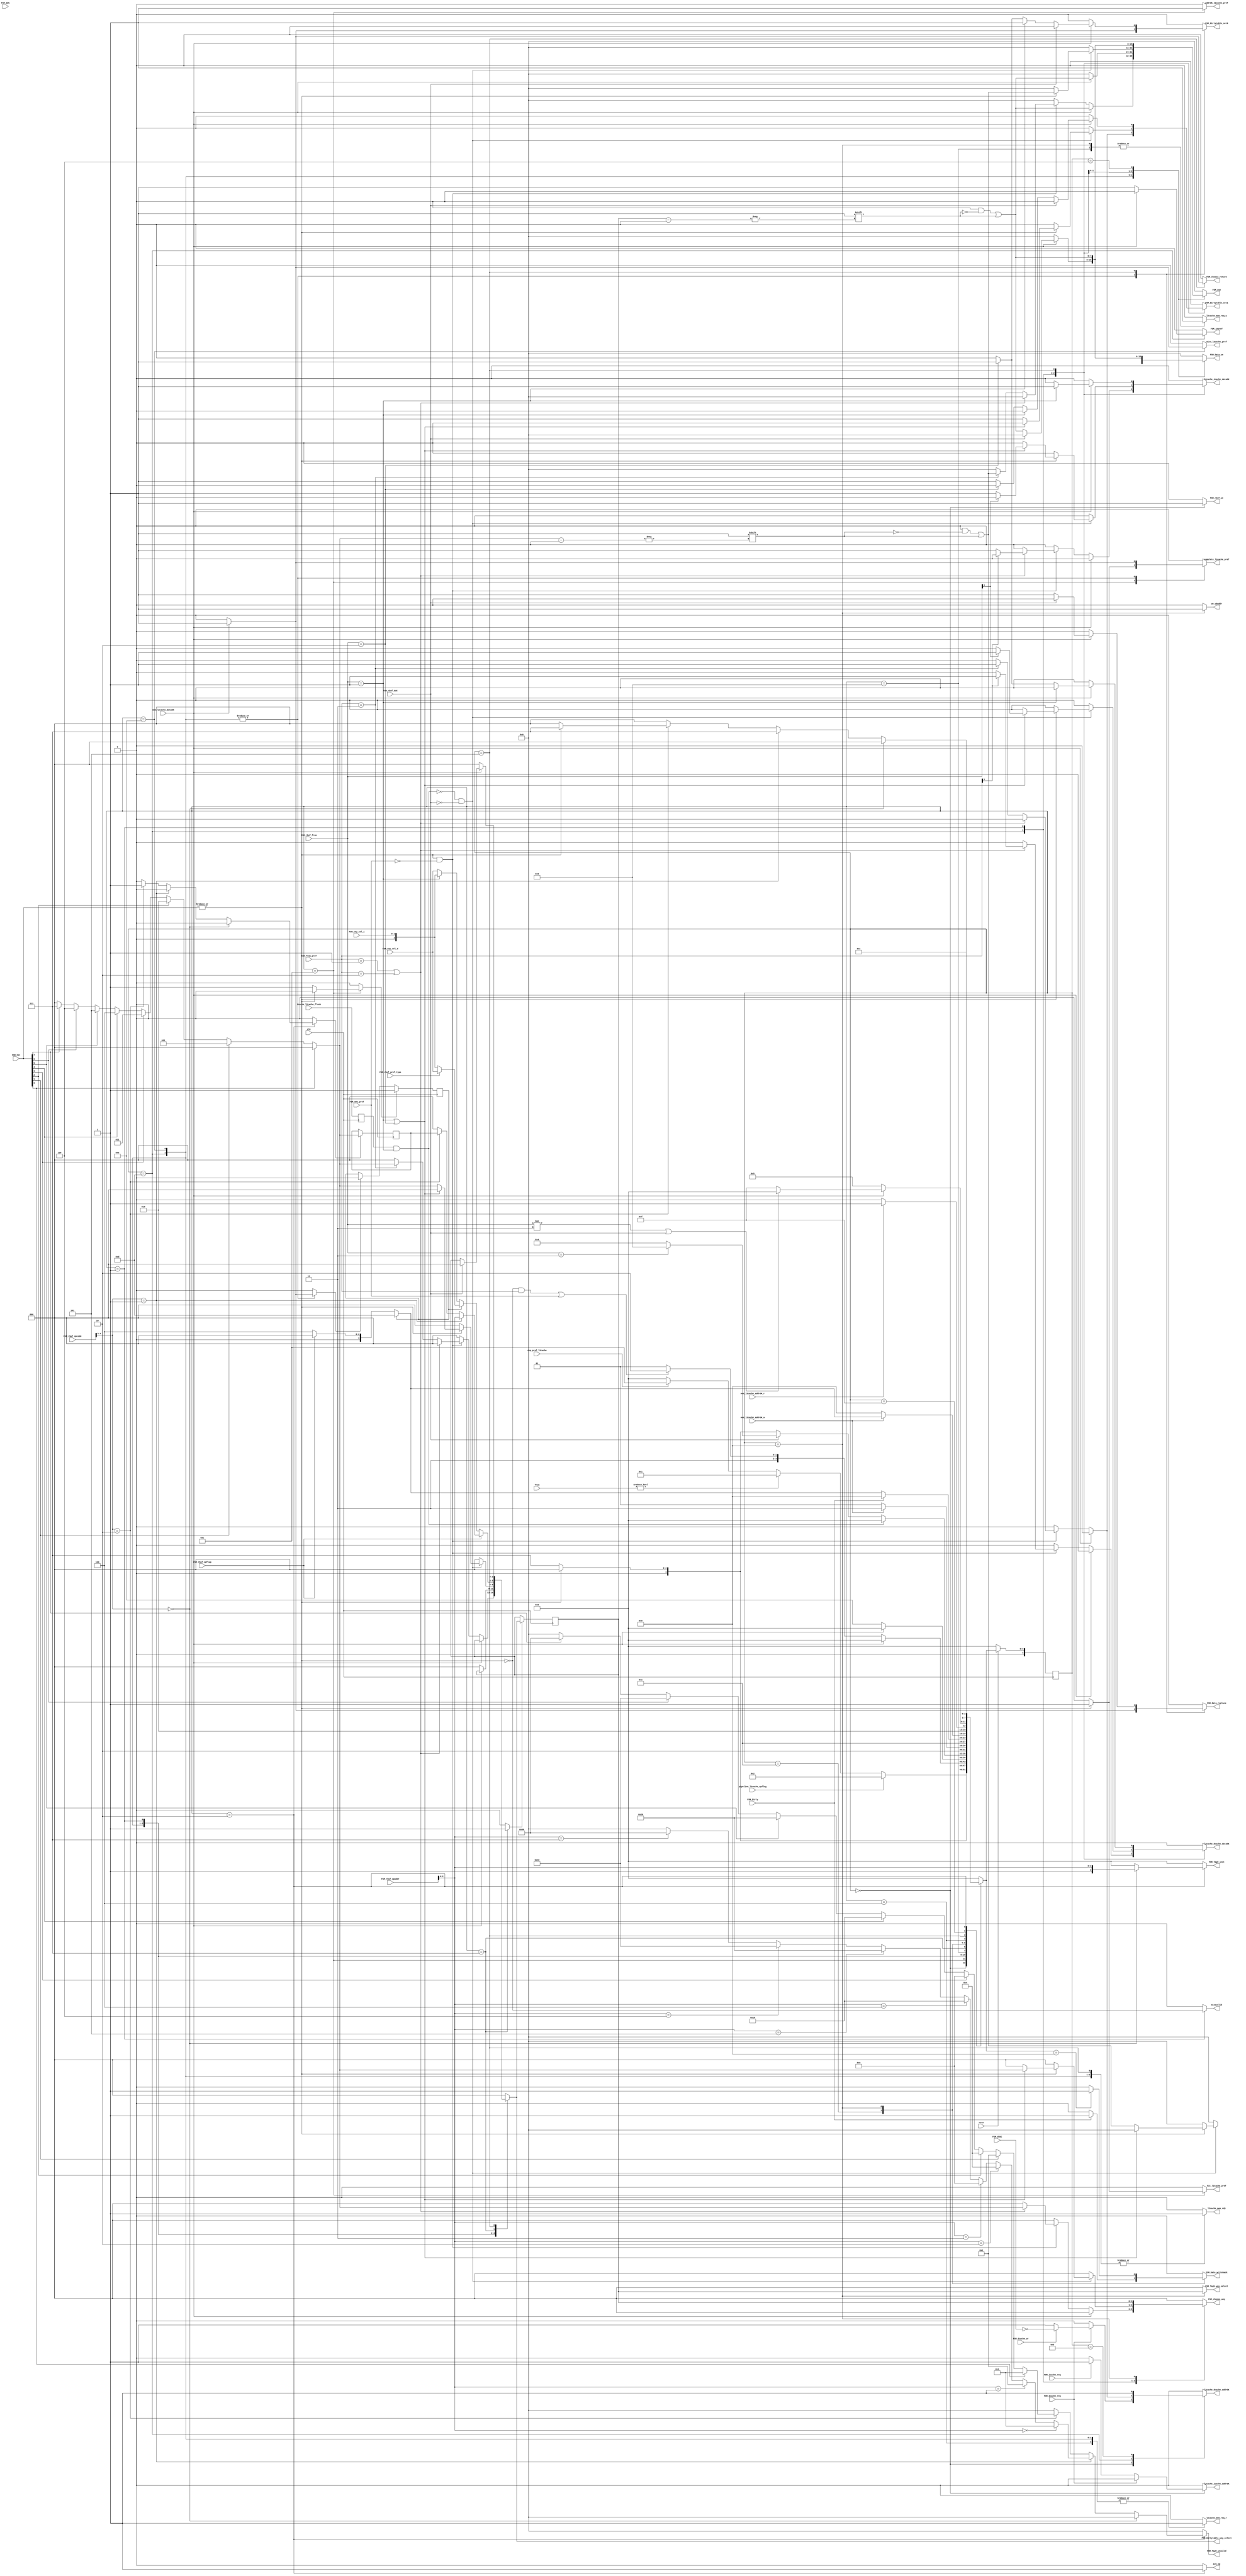
`timescale 1ns / 1ps
//////////////////////////////////////////////////////////////////////////////////
// Company: 
// Engineer: 
// 
// Design Name: 
// Module Name: L2cache_FSMmain
// Project Name: 
// Target Devices: 
// Tool Versions: 
// Description: 
// 
// Dependencies: 
// 
// Revision:
// Revision 0.01 - File Created
// Additional Comments:
// 
//////////////////////////////////////////////////////////////////////////////////

//
module L2cache_FSMmain#(
    parameter   index_width=8,
                offset_width=2,
                way=8
)
(
    input clk,rstn,

    //
    input       [1:0]from,
    input       pipeline_l2cache_opflag,
    output reg  ack_op,
    output reg  l2cache_icache_addrOK,
    output reg  l2cache_icache_dataOK,
    input       icache_l2cache_flush,
    output reg  l2cache_dcache_addrOK,
    output reg  l2cache_dcache_dataOK,

    output reg  l2cache_mem_req_w,
    output reg  l2cache_mem_req_r,
    output reg  l2cache_mem_rdy,//
    input       mem_l2cache_addrOK_w,
    input       mem_l2cache_addrOK_r,
    input       mem_l2cache_dataOK,

    //L2-prefetch port
    input       req_pref_l2cache,
    output reg  hit_l2cache_pref,
    output reg  miss_l2cache_pref,
    output reg  addrOK_l2cache_pref,
    output reg  complete_l2cache_pref,
    output reg  missvalid,

    //

    //reqbuf
    output reg  FSM_rbuf_we,
    input       [1:0]FSM_rbuf_from,
    input       [31:0]FSM_rbuf_opcode,
    input       [31:0]FSM_rbuf_opaddr,
    input       FSM_rbuf_SUC,
    input       FSM_rbuf_opflag,
    input       [1:0]FSM_from_pref,
    input       FSM_rbuf_pref_type,
    input       FSM_SUC_pref,

    input       FSM_SUC,
    input       FSM_dSUC,
    input       FSM_dcache_req,
    input       FSM_dcache_wr,
    input       FSM_icache_req,

    output reg  we_wbaddr,
    
    //PLRU
    output reg  [way-1:0]FSM_use,
    input       [2:0]FSM_way_sel_d,
    input       [1:0]FSM_way_sel_i,

    //Data TagV
    input       [way-1:0]FSM_hit,
    output reg  [way-1:0]FSM_Data_we,
    output reg  [way-1:0]FSM_TagV_unvalid,
    output reg  FSM_Data_replace,
    output reg  [2:0]FSM_TagV_way_select,
    output reg  FSM_Data_writeback,
    output reg  [3:0]FSM_TagV_init,

    //Dirtytable
    input       FSM_Dirty,
    output reg  [2:0]FSM_Dirtytable_way_select,
    output reg  FSM_Dirtytable_set1,FSM_Dirtytable_set0,

    //Data Choose
    output reg  FSM_inpref,
    output reg  [2:0]FSM_choose_way,
    output reg  FSM_choose_return
    );
wire opflag=pipeline_l2cache_opflag;
wire Hit = |FSM_hit;
reg [4:0]state;
reg [4:0]next_state;
reg flush;
always @(posedge clk) begin
    flush <= icache_l2cache_flush;//
end
reg FSM_rbuf_prefetch;
reg inpref,outpref;
always @(posedge clk) begin
    if(inpref)FSM_rbuf_prefetch <= 1;
    else if(outpref)FSM_rbuf_prefetch <= 0;
end
localparam Idle=5'd0,Lookup=5'd1,Operation=5'd2,send=5'd3,replace1=5'd4,replace2=5'd5,replace_write=5'd6;
localparam checkDirty=5'd7,writeback=5'd8,SUC_w=5'd9,checkDirty1=5'd10,SUC_w1=5'd11;
localparam prefetch_check=5'd12,prefetch_wait=5'd13,prefetch_wait_miss=5'd14;
localparam replace_write1=5'd15;
always @(posedge clk)begin
    if(!rstn)state<=0;
    else state<=next_state;
end
always @(*) begin
    next_state = 0; 
    case (state)
        Idle:begin
            if(opflag)next_state = Operation;
            else if(from)next_state = Lookup;
            else if(req_pref_l2cache)next_state = prefetch_check;
            else next_state = Idle;
        end 
        prefetch_check:begin
            if(Hit)next_state = Idle;
            else next_state = checkDirty;
        end
        prefetch_wait:begin
            if(mem_l2cache_dataOK)next_state = Idle;
            else if((~Hit&&FSM_from_pref) || FSM_SUC_pref)next_state = prefetch_wait_miss;
            else next_state = prefetch_wait;
        end
        prefetch_wait_miss:begin
            if(mem_l2cache_dataOK)next_state = Idle;
            else next_state = prefetch_wait_miss;
        end
        Lookup:begin
            if(flush && FSM_rbuf_from == 2'b01)next_state = Idle;
            else if(FSM_rbuf_SUC)begin
                if(FSM_rbuf_from == 2'b11)next_state = SUC_w;
                else next_state = replace1;
            end
            else begin
                if(~Hit)next_state = checkDirty;
                else begin
                    next_state = Idle;
                end
            end
        end
        SUC_w:begin
            if(!mem_l2cache_addrOK_w)next_state = SUC_w;
            else next_state = SUC_w1;
        end
        SUC_w1:begin
            next_state = Idle;
        end
        checkDirty:begin
            next_state = checkDirty1;
        end
        checkDirty1:begin
            // if(FSM_rbuf_prefetch)begin
            //     if(FSM_Dirty)next_state = Idle;//
            //     else next_state = prefetch_wait;
            // end
            // else begin//
                if(FSM_Dirty)begin
                    next_state = writeback;
                end
                else begin
                    if(FSM_rbuf_prefetch)next_state = prefetch_wait;
                    else if(!FSM_rbuf_opflag)next_state = replace1;
                    else next_state = Idle;
                end
            // end
        end
        writeback:begin
            if(!mem_l2cache_addrOK_w)next_state = writeback;
            else begin
                if(FSM_rbuf_prefetch)next_state = prefetch_wait;
                else if(!FSM_rbuf_opflag)next_state = replace1;
                else next_state = Idle;//
            end
        end
        replace1:begin
            // if(FSM_rbuf_prefetch)next_state = prefetch_wait;
            if(mem_l2cache_addrOK_r)next_state = replace2;
            else next_state = replace1;
        end
        replace2:begin
            if(mem_l2cache_dataOK)begin
                if(FSM_rbuf_from != 2'b11 || FSM_rbuf_SUC)begin//
                    next_state = Idle;
                end
                else begin//
                    next_state = replace_write1;
                end
            end
            else next_state = replace2;
        end
        replace_write1:begin
            next_state = replace_write;
        end
        replace_write:begin
            next_state = Idle;
        end
        Operation:begin
            if(FSM_rbuf_opcode[4:3] == 2'd0)begin//Tagvalid
                next_state = Idle;
            end
            else if(FSM_rbuf_opcode[4:3] == 2'd1)begin//valid
                next_state = checkDirty;
            end
            else if(FSM_rbuf_opcode[4:3] == 2'd2)begin//
                if(~Hit)next_state = Idle;
                else next_state = checkDirty;
            end
        end
        default:next_state = Idle;
    endcase
end
reg [2:0]sel;
reg we_sel;
always @(posedge clk) begin
    if(we_sel)begin
        sel <= FSM_Dirtytable_way_select;
    end
end
reg hit_record_we;
reg [2:0]hit_record;
reg [2:0]hit_pos;
always @(*) begin
    if(FSM_hit[0])hit_pos = 3'd0;
    else if(FSM_hit[1])hit_pos = 3'd1;
    else if(FSM_hit[2])hit_pos = 3'd2;
    else if(FSM_hit[3])hit_pos = 3'd3;
    else if(FSM_hit[4])hit_pos = 3'd4;
    else if(FSM_hit[5])hit_pos = 3'd5;
    else if(FSM_hit[6])hit_pos = 3'd6;
    else if(FSM_hit[7])hit_pos = 3'd7;
    else hit_pos = 3'd0;
end
always @(posedge clk) begin
    if(hit_record_we)begin
        hit_record <= hit_pos;
    end
end
always @(*) begin
    l2cache_icache_addrOK = 0;
    l2cache_icache_dataOK = 0;
    l2cache_dcache_addrOK = 0;
    l2cache_dcache_dataOK = 0;
    l2cache_mem_req_w = 0;
    l2cache_mem_req_r = 0;
    l2cache_mem_rdy = 0;
    FSM_TagV_way_select = 0;
    FSM_rbuf_we = 0;
    FSM_use = 0;
    FSM_Data_we = 0;
    FSM_Data_replace = 0;
    FSM_Data_writeback = 0;
    FSM_Dirtytable_way_select = 0;
    FSM_Dirtytable_set0 = 0;
    FSM_Dirtytable_set1 = 0;
    FSM_choose_way = 0;
    FSM_choose_return = 0;
    FSM_TagV_init = 0;
    hit_record_we = 0;
    FSM_TagV_unvalid = 0;
    ack_op = 0;
    hit_l2cache_pref = 0;
    complete_l2cache_pref = 0;
    addrOK_l2cache_pref = 0;
    FSM_inpref = 0;
    miss_l2cache_pref = 0;
    we_sel = 0;
    inpref = 0;
    outpref = 0;
    missvalid = 0;
    we_wbaddr = 0;
    case (state)//
        Idle:begin
            FSM_rbuf_we = 1;
            if(FSM_dcache_req)begin
                if(!FSM_dcache_wr)l2cache_dcache_addrOK = 1;//
                else l2cache_dcache_addrOK = ~ FSM_dSUC;//addrOK
            end
            else if(FSM_icache_req)begin
                l2cache_icache_addrOK = 1;
            end
        end
        Operation:begin
            ack_op = 1;
            if(FSM_rbuf_opcode[4:3] == 2'd0)begin//Tagvalid
                FSM_TagV_init = {1'b1,FSM_rbuf_opaddr[2:0]};
            end
            else if(FSM_rbuf_opcode[4:3] == 2'd1)begin
                if(FSM_rbuf_opaddr[2:0] == 3'd0)FSM_TagV_unvalid = 8'b00000001;
                else if(FSM_rbuf_opaddr[2:0] == 3'd1)FSM_TagV_unvalid = 8'b00000010;
                else if(FSM_rbuf_opaddr[2:0] == 3'd2)FSM_TagV_unvalid = 8'b00000100;
                else if(FSM_rbuf_opaddr[2:0] == 3'd3)FSM_TagV_unvalid = 8'b00001000;
                else if(FSM_rbuf_opaddr[2:0] == 3'd4)FSM_TagV_unvalid = 8'b00010000;
                else if(FSM_rbuf_opaddr[2:0] == 3'd5)FSM_TagV_unvalid = 8'b00100000;
                else if(FSM_rbuf_opaddr[2:0] == 3'd6)FSM_TagV_unvalid = 8'b01000000;
                else if(FSM_rbuf_opaddr[2:0] == 3'd7)FSM_TagV_unvalid = 8'b10000000;
            end
            else if(FSM_rbuf_opcode[4:3] == 2'd2)begin
                hit_record_we = 1;
                if(FSM_hit[0])FSM_TagV_unvalid = 8'b00000001;
                else if(FSM_hit[1])FSM_TagV_unvalid = 8'b00000010;
                else if(FSM_hit[2])FSM_TagV_unvalid = 8'b00000100;
                else if(FSM_hit[3])FSM_TagV_unvalid = 8'b00001000;
                else if(FSM_hit[4])FSM_TagV_unvalid = 8'b00010000;
                else if(FSM_hit[5])FSM_TagV_unvalid = 8'b00100000;
                else if(FSM_hit[6])FSM_TagV_unvalid = 8'b01000000;
                else if(FSM_hit[7])FSM_TagV_unvalid = 8'b10000000;
            end
        end
        prefetch_check:begin
            addrOK_l2cache_pref = 1;
            if(Hit)begin
                hit_l2cache_pref = 1;
                complete_l2cache_pref = 1;
            end
            else begin
                inpref = 1;
            end
        end
        prefetch_wait:begin//wait and req for l1
            l2cache_mem_req_r = 1;
            l2cache_mem_rdy = 1;
            if(mem_l2cache_dataOK)begin
                complete_l2cache_pref = 1;
                outpref = 1;
                miss_l2cache_pref = 0;
                FSM_Data_replace = 1;
                FSM_use[sel] = 1;
                FSM_Data_we[sel] = 1;
                FSM_Dirtytable_way_select = sel;
                FSM_Dirtytable_set0 = 1;
            end
            else begin//req for L1
                FSM_inpref = 1;
                if(Hit && ! FSM_SUC_pref)begin
                    if(FSM_from_pref == 2'b01 || FSM_from_pref == 2'b10)begin
                        FSM_choose_way = hit_pos;
                        if(FSM_from_pref[1])l2cache_dcache_dataOK =1;
                        else l2cache_icache_dataOK = 1;
                    end
                    else if(FSM_from_pref == 2'b11)begin
                        l2cache_dcache_addrOK = 1;
                        FSM_Dirtytable_set1 = 1;
                        FSM_use[hit_pos] = 1;
                        FSM_Data_we[hit_pos] = 1;
                        FSM_Dirtytable_way_select = hit_pos;
                    end
                end
            end
        end
        prefetch_wait_miss:begin
            l2cache_mem_req_r = 1;
            l2cache_mem_rdy = 1;
            if(mem_l2cache_dataOK)begin
                outpref = 1;
                complete_l2cache_pref = 1;
                miss_l2cache_pref = 1;
                FSM_Data_replace = 1;
                FSM_use[sel] = 1;
                FSM_Data_we[sel] = 1;
                FSM_Dirtytable_way_select = sel;
                FSM_Dirtytable_set0 = 1;
            end
        end
        SUC_w:begin
            l2cache_mem_req_w = 1;
        end
        SUC_w1:begin
            l2cache_dcache_addrOK = 1;//addrOK
        end
        Lookup:begin
            missvalid = ~Hit;
            if(!(FSM_rbuf_from == 2'b01 && flush) && !FSM_rbuf_SUC)begin
            if(Hit)begin
                if(FSM_rbuf_from == 2'b01 || FSM_rbuf_from == 2'b10)begin//
                    FSM_use[hit_pos] = 1;
                    FSM_choose_way = hit_pos;
                    if(FSM_rbuf_from[1])l2cache_dcache_dataOK =1;
                    else l2cache_icache_dataOK = 1;
                end
                else begin//
                    FSM_Dirtytable_set1 = 1;
                    FSM_use[hit_pos] = 1;
                    FSM_Data_we[hit_pos] = 1;
                    FSM_Dirtytable_way_select = hit_pos;
                end
            end
            end
        end
        checkDirty:begin
            we_sel = 1;//wal_sel
            if(!FSM_rbuf_opflag)begin
                if(~FSM_rbuf_prefetch)begin
                    if(FSM_rbuf_from == 2'b01)FSM_Dirtytable_way_select = {1'b0,FSM_way_sel_i};
                    else FSM_Dirtytable_way_select = FSM_way_sel_d;
                end
                else begin
                    if(~FSM_rbuf_pref_type)FSM_Dirtytable_way_select = {1'b0,FSM_way_sel_i};
                    else FSM_Dirtytable_way_select = FSM_way_sel_d;
                end
            end
            else begin
                if(FSM_rbuf_opcode[4:3] == 2'd1)FSM_Dirtytable_way_select = FSM_rbuf_opaddr[2:0];
                else if(FSM_rbuf_opcode[4:3] == 2'd2)FSM_Dirtytable_way_select = hit_record;
            end
        end
        checkDirty1:begin
            if(FSM_Dirty)begin
                FSM_Data_writeback = 1;
            end
        end
        writeback:begin
            if(next_state == writeback)FSM_Data_writeback = 1;//rbuf_indextag
            l2cache_mem_req_w = 1;
            FSM_choose_way = sel;
            FSM_TagV_way_select = sel;
            we_wbaddr = 1;
            // if(sel == 3'd0)FSM_TagV_unvalid = 8'b00000001;
            // else if(sel == 3'd1)FSM_TagV_unvalid = 8'b00000010;
            // else if(sel == 3'd2)FSM_TagV_unvalid = 8'b00000100;
            // else if(sel == 3'd3)FSM_TagV_unvalid = 8'b00001000;
            // else if(sel == 3'd4)FSM_TagV_unvalid = 8'b00010000;
            // else if(sel == 3'd5)FSM_TagV_unvalid = 8'b00100000;
            // else if(sel == 3'd6)FSM_TagV_unvalid = 8'b01000000;
            // else if(sel == 3'd7)FSM_TagV_unvalid = 8'b10000000;
        end
        replace1:begin
            l2cache_mem_req_r = 1;
        end
        replace2:begin
            l2cache_mem_rdy = 1;
            if(mem_l2cache_dataOK)begin             
                FSM_choose_return = 1;
                if(!FSM_rbuf_SUC)begin
                    FSM_Data_replace = 1;//
                    FSM_use[sel] = 1;
                    FSM_Data_we[sel] = 1;
                    FSM_Dirtytable_way_select = sel;
                    if(FSM_rbuf_from == 2'b01)begin//i-r
                        l2cache_icache_dataOK = 1;
                        FSM_Dirtytable_set0 = 1;
                    end
                    else if(FSM_rbuf_from == 2'b10)begin//d-r
                        l2cache_dcache_dataOK = 1;
                        FSM_Dirtytable_set0 = 1;
                    end
                    else begin//d-w
                        FSM_Dirtytable_set1 = 1;
                    end 
                end
                else begin
                    if(FSM_rbuf_from == 2'b01)l2cache_icache_dataOK = 1;
                    else if(FSM_rbuf_from == 2'b10)l2cache_dcache_dataOK = 1;
                end
            end
        end
        replace_write1:begin
            
        end
        replace_write:begin
            FSM_Data_we[sel] = 1;
            FSM_use[sel] = 1;
        end
        default:;
    endcase
end
endmodule